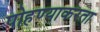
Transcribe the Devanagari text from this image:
पोहण्याकरता